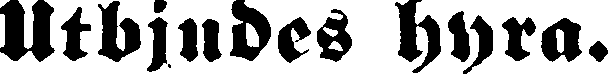
Utbjudes hyra.